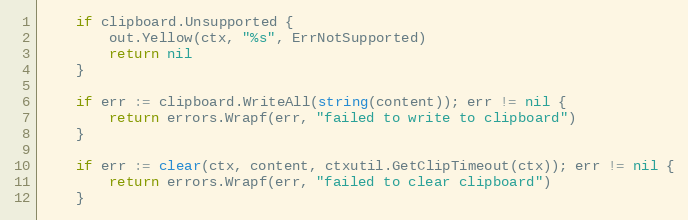
Language: Go
	if clipboard.Unsupported {
		out.Yellow(ctx, "%s", ErrNotSupported)
		return nil
	}

	if err := clipboard.WriteAll(string(content)); err != nil {
		return errors.Wrapf(err, "failed to write to clipboard")
	}

	if err := clear(ctx, content, ctxutil.GetClipTimeout(ctx)); err != nil {
		return errors.Wrapf(err, "failed to clear clipboard")
	}